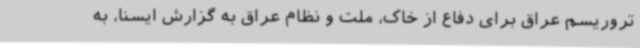
تروریسم عراق برای دفاع از خاک، ملت و نظام عراق به گزارش ایسنا، به